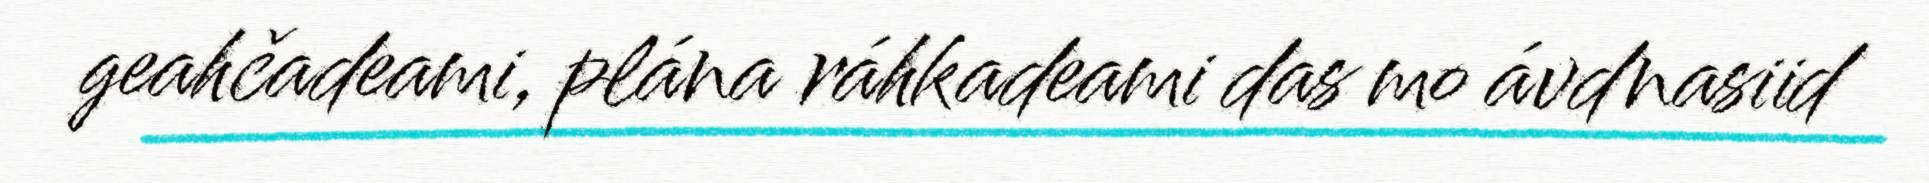
geahčadeami, plána ráhkadeami das mo ávdnasiid